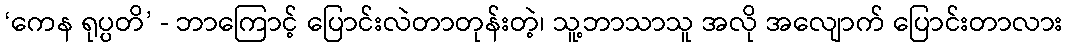
‘ကေန ရုပ္ပတိ’ - ဘာကြောင့် ပြောင်းလဲတာတုန်းတဲ့၊ သူ့ဘာသာသူ အလို အလျောက် ပြောင်းတာလား